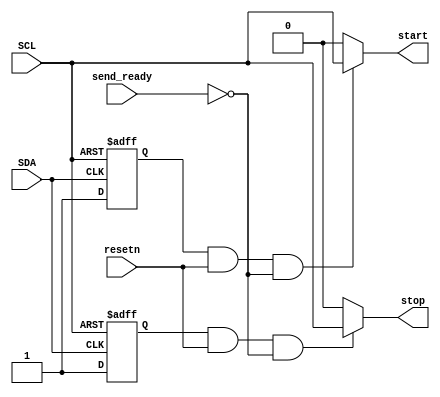
module start_stop_detectors
(
input SDA,
input SCL,
input resetn,
input send_ready,
output start,
output stop
);

reg start_reg,stop_reg;

always @(negedge SDA or negedge SCL ) begin // START CONDITION
    if (SCL == 1)
        start_reg <= 1;
    else
        start_reg <= 0; 
end
always @(posedge SDA or negedge SCL ) begin // STOP CONDITION
    if (SCL == 1)
        stop_reg <= 1;
    else
        stop_reg <= 0; 
end

assign start = (start_reg & resetn & !send_ready) ? SCL : 0;
assign stop  = (stop_reg & resetn & !send_ready)  ? SCL : 0;    

endmodule